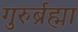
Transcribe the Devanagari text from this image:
गुरुर्ब्रह्मा